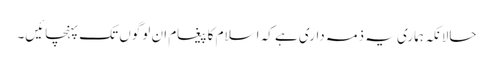
حالانکہ ہماری یہ ذمہ داری ہے کہ اسلام کا پیغام ان لوگوں تک پہنچائیں۔